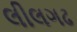
લીલગઢ